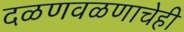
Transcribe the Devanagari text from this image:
दळणवळणाचेही